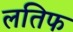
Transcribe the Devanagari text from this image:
लतिफ